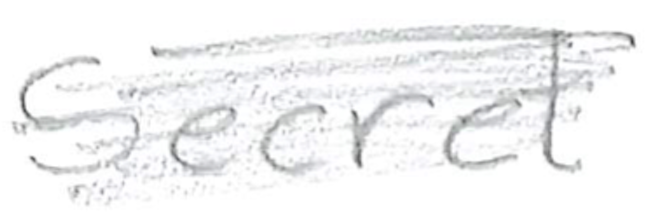
Text: Secret
Cross-out: scratch
Writing tool: pencil